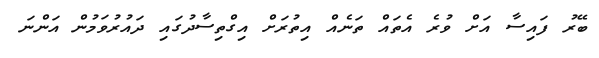
ބޭރު ފައިސާ އަށް ވުރެ އެތައް ތަނެއް އިތުރަށް އިގްތިސާދުގައި ދައުރުވަމުން އަންނަ